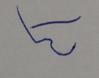
Signature authenticity: forged